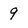
Character: 9